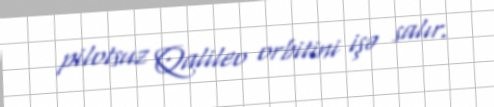
pilotsuz Qalileo orbitini işə salır.